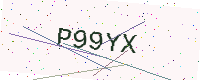
Text: P99YX